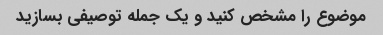
موضوع را مشخص کنید و یک جمله توصیفی بسازید